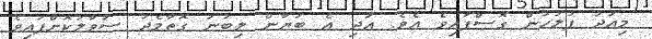
މިއަދު ފުލުހުން ގޮސްފައިވެ އެވެ. އަދި އެ ބަޔާން ލިބުނު ގޮތާމެދު ސުވާލުކޮށްފައިވެ